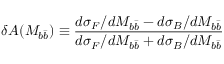
\delta { \cal A } ( M _ { b \bar { b } } ) \equiv \frac { d \sigma _ { F } / d M _ { b \bar { b } } - d \sigma _ { B } / d M _ { b \bar { b } } } { d \sigma _ { F } / d M _ { b \bar { b } } + d \sigma _ { B } / d M _ { b \bar { b } } }